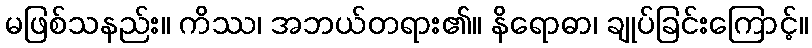
မဖြစ်သနည်း။ ကိဿ၊ အဘယ်တရား၏။ နိရောဓာ၊ ချုပ်ခြင်းကြောင့်။